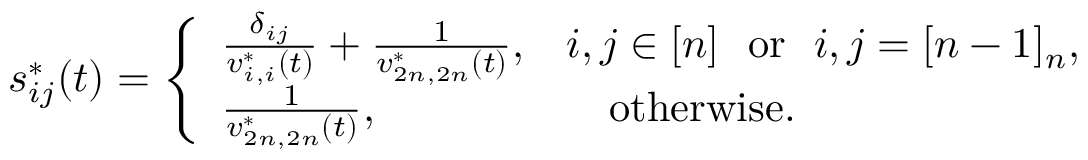
\begin{array} { r } { s _ { i j } ^ { * } ( t ) = \left\{ \begin{array} { l l } { \frac { \delta _ { i j } } { v _ { i , i } ^ { * } ( t ) } + \frac { 1 } { v _ { 2 n , 2 n } ^ { * } ( t ) } , } & { i , j \in [ n ] ~ ~ \mathrm { o r } ~ ~ i , j = [ n - 1 ] _ { n } , } \\ { \frac { 1 } { v _ { 2 n , 2 n } ^ { * } ( t ) } , } & { ~ ~ ~ \mathrm { o t h e r w i s e } . } \end{array} \right. } \end{array}